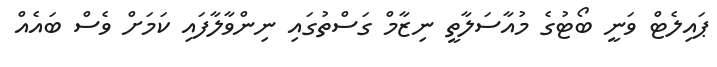
ޕައިލެޓް ވަނީ ބޯޓުގެ މުއާސަލާތީ ނިޒާމް ގަސްތުގައި ނިންވާލާފައި ކަމަށް ވެސް ބައެއް